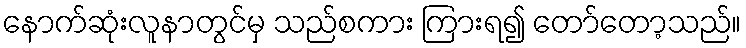
နောက်ဆုံးလူနာတွင်မှ သည်စကား ကြားရ၍ တော်တော့သည်။